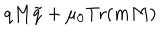
LaTeX: q M \tilde { q } + \mu _ { 0 } \mathrm { T r } ( m M )